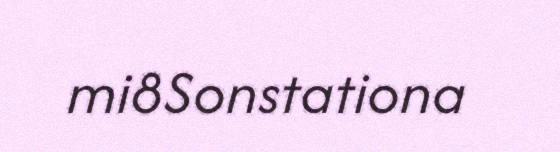
mi8Sonstationa